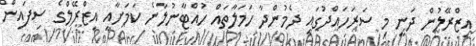
އިޒްރޭލުން ދަނީ މި ސަރަހައްދުގައި ދެމުންދާ ހަމަލާތައް ހުއްޓާނުލާނެ ކަމަށާއި އިޒްރޭލްގެ ސިފައިން